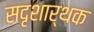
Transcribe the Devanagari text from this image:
सदृशार्थक